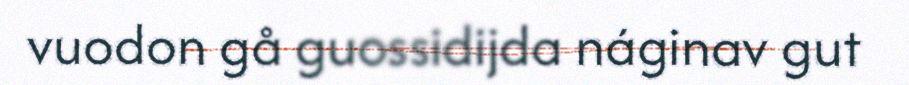
vuodon gå guossidijda náginav gut